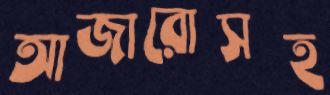
আজারোসহ